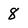
Character: 8